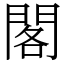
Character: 閣